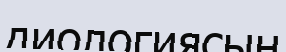
диологиясын